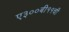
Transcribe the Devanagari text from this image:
ए३००बी११ची